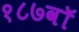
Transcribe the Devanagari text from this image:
१८७वॉ